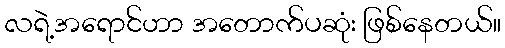
လရဲ့အရောင်ဟာ အတောက်ပဆုံး ဖြစ်နေတယ်။